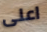
اعلى